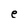
Character: e